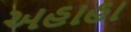
અહાહા